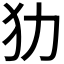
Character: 𤜜